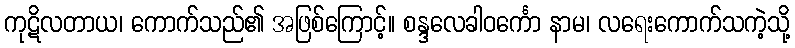
ကုဋိလတာယ၊ ကောက်သည်၏ အဖြစ်ကြောင့်။ စန္ဒလေခါဝင်္ကော နာမ၊ လရေးကောက်သကဲ့သို့